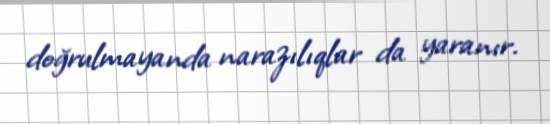
doğrulmayanda narazılıqlar da yaranır.